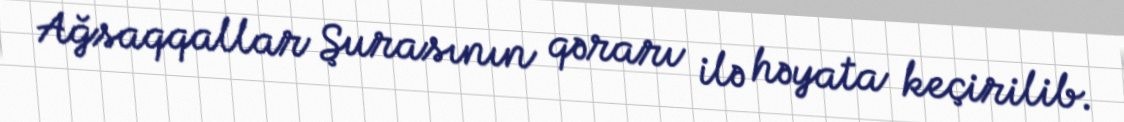
Ağsaqqallar Şurasının qərarı ilə həyata keçirilib.